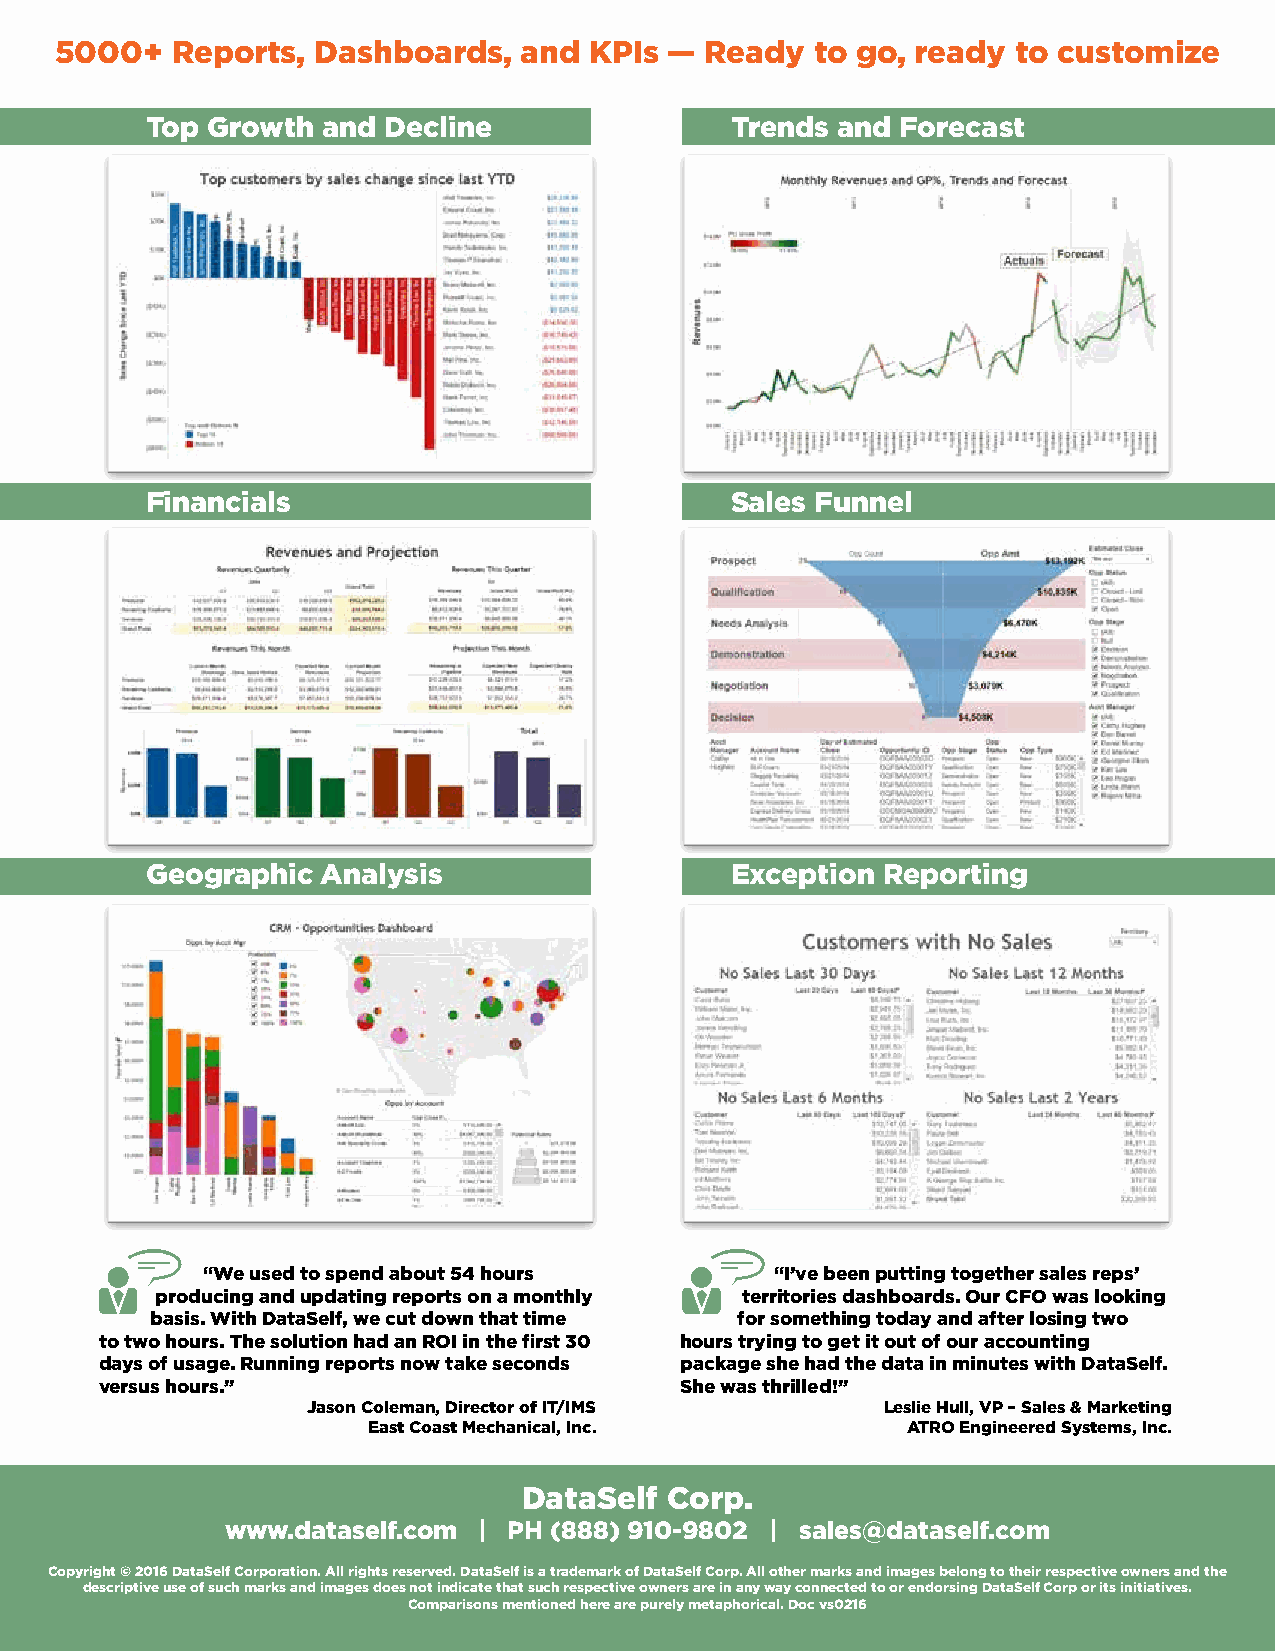
5000+  Reports,  Dashboards,   and KPIs —  Ready  to go, ready to customize
 Top Growth and Decline                Trends and  Forecast
 Financials                            Sales Funnel
 Geographic Analysis                   Exception Reporting
 “We used to spend about 54 hours      “I’ve been putting together sales reps’
 producing and updating reports on a monthly territories dashboards. Our CFO was looking
 basis. With DataSelf, we cut down that time for something today and after losing two
 to two hours. The solution had an ROI in the first 30 hours trying to get it out of our accounting
 days of usage. Running reports now take seconds package she had the data in minutes with DataSelf.
 versus hours.”                        She was thrilled!”
 Jason Coleman, Director of IT/IMS      Leslie Hull, VP – Sales & Marketing
 East Coast Mechanical, Inc.         ATRO Engineered Systems, Inc.
 DataSelf Corp.
 www.dataself.com | PH (888) 910-9802 | sales@dataself.com
 Copyright © 2016 DataSelf Corporation. All rights reserved. DataSelf is a trademark of DataSelf Corp. All other marks and images belong to their respective owners and the
 descriptive use of such marks and images does not indicate that such respective owners are in any way connected to or endorsing DataSelf Corp or its initiatives.
 Comparisons mentioned here are purely metaphorical. Doc vs0216